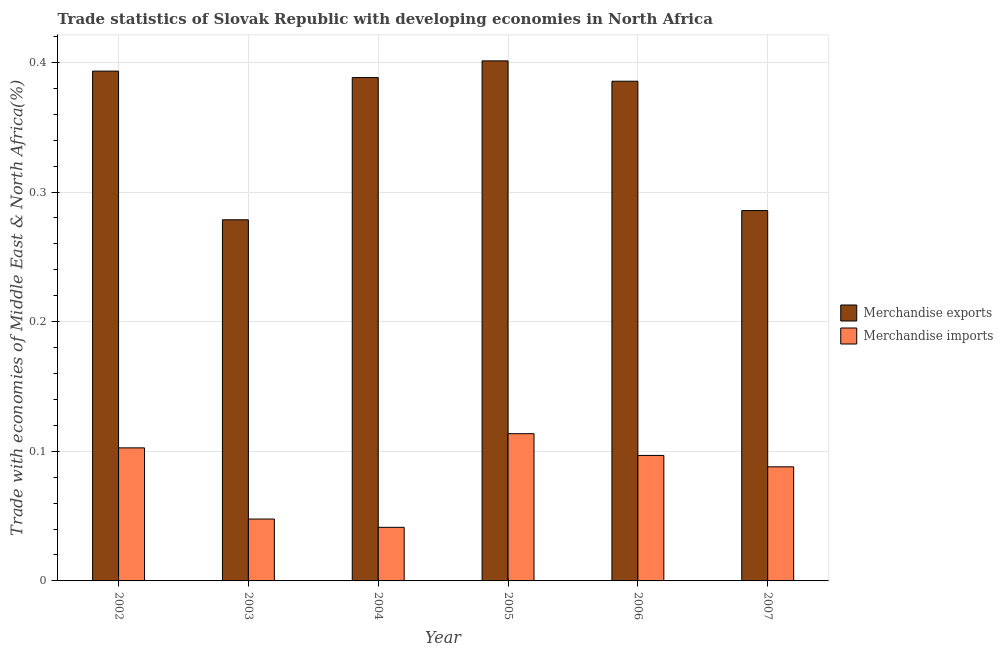
| Year | Merchandise exports | Merchandise imports |
 | --- | --- | --- |
 | 2002 | 0.393 | 0.103 |
 | 2003 | 0.279 | 0.0477 |
 | 2004 | 0.388 | 0.0413 |
 | 2005 | 0.401 | 0.114 |
 | 2006 | 0.386 | 0.0968 |
 | 2007 | 0.286 | 0.088 |